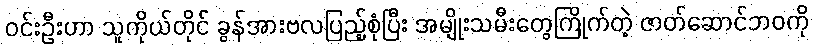
ဝင်းဦးဟာ သူကိုယ်တိုင် ခွန်အားဗလပြည့်စုံပြီး အမျိုးသမီးတွေကြိုက်တဲ့ ဇာတ်ဆောင်ဘဝကို